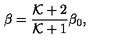
\beta = { \frac { { \cal K } + 2 } { { \cal K } + 1 } } \beta _ { 0 } ,